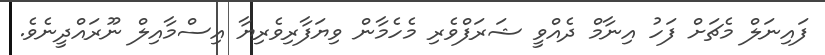
ފައިނަލް މެޗަށް ފަހު އިނާމް ދެއްވީ ޝަރަފްވެރި މެހެމާން ވިޔަފާރިވެރިޔާ އިސްމާއިލް ނޫރައްދީނެވެ.